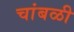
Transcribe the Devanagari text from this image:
चांबळी